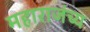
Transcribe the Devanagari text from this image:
महाराजंच्य